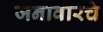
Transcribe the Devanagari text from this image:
जनावारचे